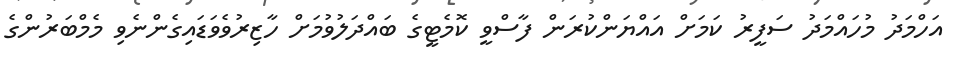
އަހްމަދު މުހައްމަދު ސަފީރު ކަމަށް އައްޔަންކުރަން ފާސްވީ ކޮމެޓީގެ ބައްދަލުވުމަށް ހާޒިރުވެވަޑައިގެންނެވި މެމްބަރުންގެ